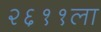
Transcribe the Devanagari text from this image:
२६११ला